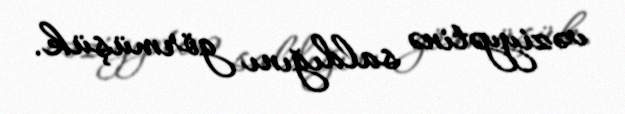
vəziyyətinə saldığını görmüşük.